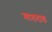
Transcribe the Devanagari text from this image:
मालदाड